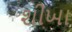
શીખા